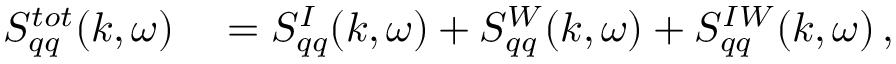
\begin{array} { r l } { S _ { q q } ^ { t o t } ( k , \omega ) } & { { } = S _ { q q } ^ { I } ( k , \omega ) + S _ { q q } ^ { W } ( k , \omega ) + S _ { q q } ^ { I W } ( k , \omega ) \, , } \end{array}